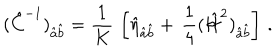
( \hat { C } ^ { - 1 } ) _ { \hat { a } \hat { b } } = { \frac { 1 } { K } } \, \left[ \hat { \eta } _ { \hat { a } \hat { b } } + \, { \frac { 1 } { 4 } } ( \hat { { \cal H } } ^ { 2 } ) _ { \hat { a } \hat { b } } \right] \, .